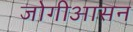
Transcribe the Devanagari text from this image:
जोगीआसन